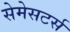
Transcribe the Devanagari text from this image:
सेमेसटर्स